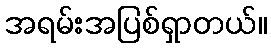
အရမ်းအပြစ်ရှာတယ်။